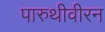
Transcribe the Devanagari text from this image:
पारुथीवीरन